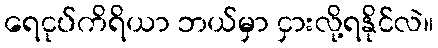
ရေငုပ်ကိရိယာ ဘယ်မှာ ငှားလို့ရနိုင်လဲ။